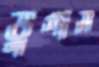
ভুগাস